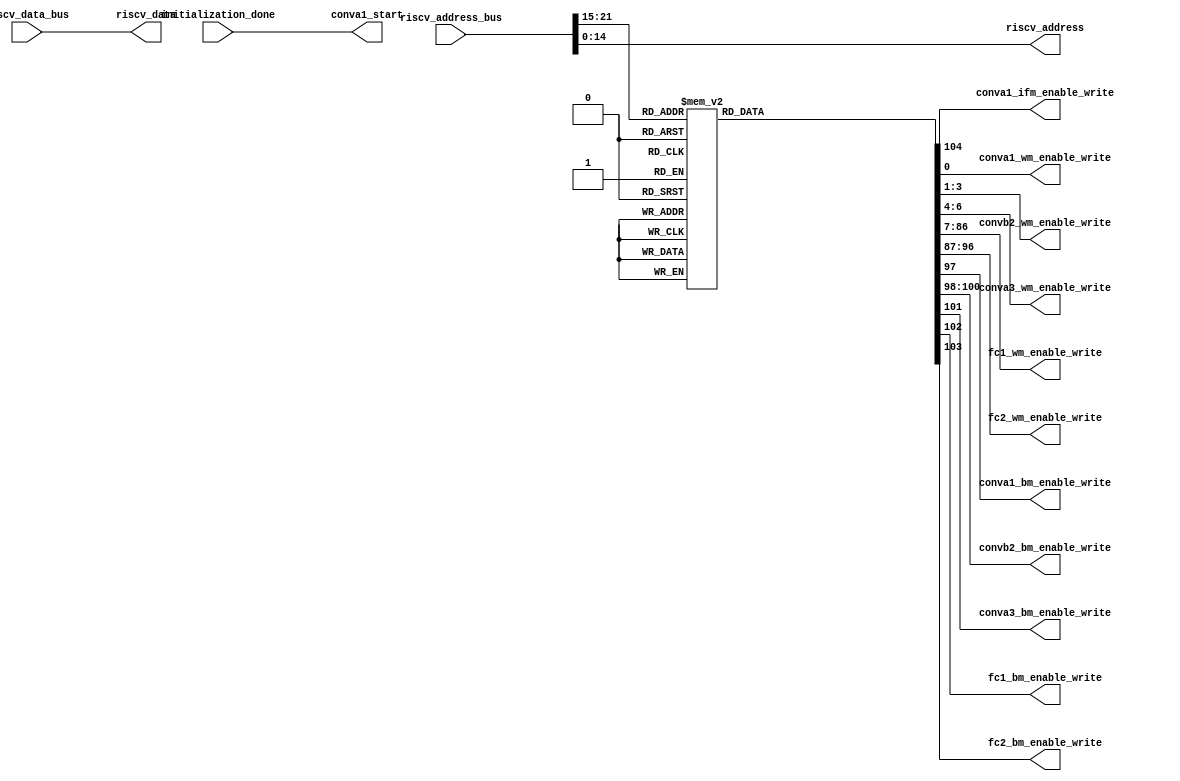
`timescale 1ns / 1ps


module 
 memory_control #(parameter
///////////advanced parameters//////////
	DATA_WIDTH 		       = 32,
///////////architecture parameters//////
	ADDRESS_BUS            = 22,                                                
    ADDRESS_BITS           = 15,
    ENABLE_BITS            = 7)

	(

    input [DATA_WIDTH-1:0] riscv_data_bus,
    input [ADDRESS_BUS-1:0] riscv_address_bus,
    input initialization_done, 
	output conva1_start,

	//1 indicates the input img is grayscale
	output [1-1:0] conva1_ifm_enable_write, 
	
	output [1-1:0] conva1_wm_enable_write,
	output [3-1:0] convb2_wm_enable_write,
	output [3-1:0] conva3_wm_enable_write,
	output [80-1:0] fc1_wm_enable_write,
	output [10-1:0] fc2_wm_enable_write,
	output conva1_bm_enable_write,
	output [3-1:0] convb2_bm_enable_write,
	output conva3_bm_enable_write,
	output fc1_bm_enable_write,
	output fc2_bm_enable_write,
	
	output [DATA_WIDTH-1:0] riscv_data,
    output [ADDRESS_BITS-1:0] riscv_address
	);
	
	reg [105-1:0] enable_write;
    wire [ENABLE_BITS-1:0] address_enable_bits;
	
    assign riscv_data          = riscv_data_bus;
    assign riscv_address       = riscv_address_bus[ADDRESS_BITS-1:0];
    
    assign address_enable_bits = riscv_address_bus[ADDRESS_BUS-1 : ADDRESS_BUS-ENABLE_BITS];
	
	assign    conva1_start = initialization_done;
	
	
	    always @*
		begin
        case(address_enable_bits)
			7'd1  : begin enable_write = 105'b000000000000000000000000000000000000000000000000000000000000000000000000000000000000000000000000000000001;end
			7'd2  : begin enable_write = 105'b000000000000000000000000000000000000000000000000000000000000000000000000000000000000000000000000000000010;end
			7'd3  : begin enable_write = 105'b000000000000000000000000000000000000000000000000000000000000000000000000000000000000000000000000000000100;end
			7'd4  : begin enable_write = 105'b000000000000000000000000000000000000000000000000000000000000000000000000000000000000000000000000000001000;end
			7'd5  : begin enable_write = 105'b000000000000000000000000000000000000000000000000000000000000000000000000000000000000000000000000000010000;end
			7'd6  : begin enable_write = 105'b000000000000000000000000000000000000000000000000000000000000000000000000000000000000000000000000000100000;end
			7'd7  : begin enable_write = 105'b000000000000000000000000000000000000000000000000000000000000000000000000000000000000000000000000001000000;end
			7'd8  : begin enable_write = 105'b000000000000000000000000000000000000000000000000000000000000000000000000000000000000000000000000010000000;end
			7'd9  : begin enable_write = 105'b000000000000000000000000000000000000000000000000000000000000000000000000000000000000000000000000100000000;end
			7'd10  : begin enable_write = 105'b000000000000000000000000000000000000000000000000000000000000000000000000000000000000000000000001000000000;end
			7'd11  : begin enable_write = 105'b000000000000000000000000000000000000000000000000000000000000000000000000000000000000000000000010000000000;end
			7'd12  : begin enable_write = 105'b000000000000000000000000000000000000000000000000000000000000000000000000000000000000000000000100000000000;end
			7'd13  : begin enable_write = 105'b000000000000000000000000000000000000000000000000000000000000000000000000000000000000000000001000000000000;end
			7'd14  : begin enable_write = 105'b000000000000000000000000000000000000000000000000000000000000000000000000000000000000000000010000000000000;end
			7'd15  : begin enable_write = 105'b000000000000000000000000000000000000000000000000000000000000000000000000000000000000000000100000000000000;end
			7'd16  : begin enable_write = 105'b000000000000000000000000000000000000000000000000000000000000000000000000000000000000000001000000000000000;end
			7'd17  : begin enable_write = 105'b000000000000000000000000000000000000000000000000000000000000000000000000000000000000000010000000000000000;end
			7'd18  : begin enable_write = 105'b000000000000000000000000000000000000000000000000000000000000000000000000000000000000000100000000000000000;end
			7'd19  : begin enable_write = 105'b000000000000000000000000000000000000000000000000000000000000000000000000000000000000001000000000000000000;end
			7'd20  : begin enable_write = 105'b000000000000000000000000000000000000000000000000000000000000000000000000000000000000010000000000000000000;end
			7'd21  : begin enable_write = 105'b000000000000000000000000000000000000000000000000000000000000000000000000000000000000100000000000000000000;end
			7'd22  : begin enable_write = 105'b000000000000000000000000000000000000000000000000000000000000000000000000000000000001000000000000000000000;end
			7'd23  : begin enable_write = 105'b000000000000000000000000000000000000000000000000000000000000000000000000000000000010000000000000000000000;end
			7'd24  : begin enable_write = 105'b000000000000000000000000000000000000000000000000000000000000000000000000000000000100000000000000000000000;end
			7'd25  : begin enable_write = 105'b000000000000000000000000000000000000000000000000000000000000000000000000000000001000000000000000000000000;end
			7'd26  : begin enable_write = 105'b000000000000000000000000000000000000000000000000000000000000000000000000000000010000000000000000000000000;end
			7'd27  : begin enable_write = 105'b000000000000000000000000000000000000000000000000000000000000000000000000000000100000000000000000000000000;end
			7'd28  : begin enable_write = 105'b000000000000000000000000000000000000000000000000000000000000000000000000000001000000000000000000000000000;end
			7'd29  : begin enable_write = 105'b000000000000000000000000000000000000000000000000000000000000000000000000000010000000000000000000000000000;end
			7'd30  : begin enable_write = 105'b000000000000000000000000000000000000000000000000000000000000000000000000000100000000000000000000000000000;end
			7'd31  : begin enable_write = 105'b000000000000000000000000000000000000000000000000000000000000000000000000001000000000000000000000000000000;end
			7'd32  : begin enable_write = 105'b000000000000000000000000000000000000000000000000000000000000000000000000010000000000000000000000000000000;end
			7'd33  : begin enable_write = 105'b000000000000000000000000000000000000000000000000000000000000000000000000100000000000000000000000000000000;end
			7'd34  : begin enable_write = 105'b000000000000000000000000000000000000000000000000000000000000000000000001000000000000000000000000000000000;end
			7'd35  : begin enable_write = 105'b000000000000000000000000000000000000000000000000000000000000000000000010000000000000000000000000000000000;end
			7'd36  : begin enable_write = 105'b000000000000000000000000000000000000000000000000000000000000000000000100000000000000000000000000000000000;end
			7'd37  : begin enable_write = 105'b000000000000000000000000000000000000000000000000000000000000000000001000000000000000000000000000000000000;end
			7'd38  : begin enable_write = 105'b000000000000000000000000000000000000000000000000000000000000000000010000000000000000000000000000000000000;end
			7'd39  : begin enable_write = 105'b000000000000000000000000000000000000000000000000000000000000000000100000000000000000000000000000000000000;end
			7'd40  : begin enable_write = 105'b000000000000000000000000000000000000000000000000000000000000000001000000000000000000000000000000000000000;end
			7'd41  : begin enable_write = 105'b000000000000000000000000000000000000000000000000000000000000000010000000000000000000000000000000000000000;end
			7'd42  : begin enable_write = 105'b000000000000000000000000000000000000000000000000000000000000000100000000000000000000000000000000000000000;end
			7'd43  : begin enable_write = 105'b000000000000000000000000000000000000000000000000000000000000001000000000000000000000000000000000000000000;end
			7'd44  : begin enable_write = 105'b000000000000000000000000000000000000000000000000000000000000010000000000000000000000000000000000000000000;end
			7'd45  : begin enable_write = 105'b000000000000000000000000000000000000000000000000000000000000100000000000000000000000000000000000000000000;end
			7'd46  : begin enable_write = 105'b000000000000000000000000000000000000000000000000000000000001000000000000000000000000000000000000000000000;end
			7'd47  : begin enable_write = 105'b000000000000000000000000000000000000000000000000000000000010000000000000000000000000000000000000000000000;end
			7'd48  : begin enable_write = 105'b000000000000000000000000000000000000000000000000000000000100000000000000000000000000000000000000000000000;end
			7'd49  : begin enable_write = 105'b000000000000000000000000000000000000000000000000000000001000000000000000000000000000000000000000000000000;end
			7'd50  : begin enable_write = 105'b000000000000000000000000000000000000000000000000000000010000000000000000000000000000000000000000000000000;end
			7'd51  : begin enable_write = 105'b000000000000000000000000000000000000000000000000000000100000000000000000000000000000000000000000000000000;end
			7'd52  : begin enable_write = 105'b000000000000000000000000000000000000000000000000000001000000000000000000000000000000000000000000000000000;end
			7'd53  : begin enable_write = 105'b000000000000000000000000000000000000000000000000000010000000000000000000000000000000000000000000000000000;end
			7'd54  : begin enable_write = 105'b000000000000000000000000000000000000000000000000000100000000000000000000000000000000000000000000000000000;end
			7'd55  : begin enable_write = 105'b000000000000000000000000000000000000000000000000001000000000000000000000000000000000000000000000000000000;end
			7'd56  : begin enable_write = 105'b000000000000000000000000000000000000000000000000010000000000000000000000000000000000000000000000000000000;end
			7'd57  : begin enable_write = 105'b000000000000000000000000000000000000000000000000100000000000000000000000000000000000000000000000000000000;end
			7'd58  : begin enable_write = 105'b000000000000000000000000000000000000000000000001000000000000000000000000000000000000000000000000000000000;end
			7'd59  : begin enable_write = 105'b000000000000000000000000000000000000000000000010000000000000000000000000000000000000000000000000000000000;end
			7'd60  : begin enable_write = 105'b000000000000000000000000000000000000000000000100000000000000000000000000000000000000000000000000000000000;end
			7'd61  : begin enable_write = 105'b000000000000000000000000000000000000000000001000000000000000000000000000000000000000000000000000000000000;end
			7'd62  : begin enable_write = 105'b000000000000000000000000000000000000000000010000000000000000000000000000000000000000000000000000000000000;end
			7'd63  : begin enable_write = 105'b000000000000000000000000000000000000000000100000000000000000000000000000000000000000000000000000000000000;end
			7'd64  : begin enable_write = 105'b000000000000000000000000000000000000000001000000000000000000000000000000000000000000000000000000000000000;end
			7'd65  : begin enable_write = 105'b000000000000000000000000000000000000000010000000000000000000000000000000000000000000000000000000000000000;end
			7'd66  : begin enable_write = 105'b000000000000000000000000000000000000000100000000000000000000000000000000000000000000000000000000000000000;end
			7'd67  : begin enable_write = 105'b000000000000000000000000000000000000001000000000000000000000000000000000000000000000000000000000000000000;end
			7'd68  : begin enable_write = 105'b000000000000000000000000000000000000010000000000000000000000000000000000000000000000000000000000000000000;end
			7'd69  : begin enable_write = 105'b000000000000000000000000000000000000100000000000000000000000000000000000000000000000000000000000000000000;end
			7'd70  : begin enable_write = 105'b000000000000000000000000000000000001000000000000000000000000000000000000000000000000000000000000000000000;end
			7'd71  : begin enable_write = 105'b000000000000000000000000000000000010000000000000000000000000000000000000000000000000000000000000000000000;end
			7'd72  : begin enable_write = 105'b000000000000000000000000000000000100000000000000000000000000000000000000000000000000000000000000000000000;end
			7'd73  : begin enable_write = 105'b000000000000000000000000000000001000000000000000000000000000000000000000000000000000000000000000000000000;end
			7'd74  : begin enable_write = 105'b000000000000000000000000000000010000000000000000000000000000000000000000000000000000000000000000000000000;end
			7'd75  : begin enable_write = 105'b000000000000000000000000000000100000000000000000000000000000000000000000000000000000000000000000000000000;end
			7'd76  : begin enable_write = 105'b000000000000000000000000000001000000000000000000000000000000000000000000000000000000000000000000000000000;end
			7'd77  : begin enable_write = 105'b000000000000000000000000000010000000000000000000000000000000000000000000000000000000000000000000000000000;end
			7'd78  : begin enable_write = 105'b000000000000000000000000000100000000000000000000000000000000000000000000000000000000000000000000000000000;end
			7'd79  : begin enable_write = 105'b000000000000000000000000001000000000000000000000000000000000000000000000000000000000000000000000000000000;end
			7'd80  : begin enable_write = 105'b000000000000000000000000010000000000000000000000000000000000000000000000000000000000000000000000000000000;end
			7'd81  : begin enable_write = 105'b000000000000000000000000100000000000000000000000000000000000000000000000000000000000000000000000000000000;end
			7'd82  : begin enable_write = 105'b000000000000000000000001000000000000000000000000000000000000000000000000000000000000000000000000000000000;end
			7'd83  : begin enable_write = 105'b000000000000000000000010000000000000000000000000000000000000000000000000000000000000000000000000000000000;end
			7'd84  : begin enable_write = 105'b000000000000000000000100000000000000000000000000000000000000000000000000000000000000000000000000000000000;end
			7'd85  : begin enable_write = 105'b000000000000000000001000000000000000000000000000000000000000000000000000000000000000000000000000000000000;end
			7'd86  : begin enable_write = 105'b000000000000000000010000000000000000000000000000000000000000000000000000000000000000000000000000000000000;end
			7'd87  : begin enable_write = 105'b000000000000000000100000000000000000000000000000000000000000000000000000000000000000000000000000000000000;end
			7'd88  : begin enable_write = 105'b000000000000000001000000000000000000000000000000000000000000000000000000000000000000000000000000000000000;end
			7'd89  : begin enable_write = 105'b000000000000000010000000000000000000000000000000000000000000000000000000000000000000000000000000000000000;end
			7'd90  : begin enable_write = 105'b000000000000000100000000000000000000000000000000000000000000000000000000000000000000000000000000000000000;end
			7'd91  : begin enable_write = 105'b000000000000001000000000000000000000000000000000000000000000000000000000000000000000000000000000000000000;end
			7'd92  : begin enable_write = 105'b000000000000010000000000000000000000000000000000000000000000000000000000000000000000000000000000000000000;end
			7'd93  : begin enable_write = 105'b000000000000100000000000000000000000000000000000000000000000000000000000000000000000000000000000000000000;end
			7'd94  : begin enable_write = 105'b000000000001000000000000000000000000000000000000000000000000000000000000000000000000000000000000000000000;end
			7'd95  : begin enable_write = 105'b000000000010000000000000000000000000000000000000000000000000000000000000000000000000000000000000000000000;end
			7'd96  : begin enable_write = 105'b000000000100000000000000000000000000000000000000000000000000000000000000000000000000000000000000000000000;end
			7'd97  : begin enable_write = 105'b000000001000000000000000000000000000000000000000000000000000000000000000000000000000000000000000000000000;end
			7'd98  : begin enable_write = 105'b000000010000000000000000000000000000000000000000000000000000000000000000000000000000000000000000000000000;end
			7'd99  : begin enable_write = 105'b000000100000000000000000000000000000000000000000000000000000000000000000000000000000000000000000000000000;end
			7'd100  : begin enable_write = 105'b000001000000000000000000000000000000000000000000000000000000000000000000000000000000000000000000000000000;end
			7'd101  : begin enable_write = 105'b000010000000000000000000000000000000000000000000000000000000000000000000000000000000000000000000000000000;end
			7'd102  : begin enable_write = 105'b000100000000000000000000000000000000000000000000000000000000000000000000000000000000000000000000000000000;end
			7'd103  : begin enable_write = 105'b001000000000000000000000000000000000000000000000000000000000000000000000000000000000000000000000000000000;end
			7'd104  : begin enable_write = 105'b010000000000000000000000000000000000000000000000000000000000000000000000000000000000000000000000000000000;end
			7'd105  : begin enable_write = 105'b100000000000000000000000000000000000000000000000000000000000000000000000000000000000000000000000000000000;end

			default : begin enable_write = 105'b000000000000000000000000000000000000000000000000000000000000000000000000000000000000000000000000000000000;end

		endcase
	end



assign conva1_ifm_enable_write = enable_write[104:104];

	assign conva1_wm_enable_write = enable_write[0:0];
	assign convb2_wm_enable_write = enable_write[3:1];
	assign conva3_wm_enable_write = enable_write[6:4];
	assign fc1_wm_enable_write = enable_write[86:7];
	assign fc2_wm_enable_write = enable_write[96:87];

	assign conva1_bm_enable_write = enable_write[97];
	assign convb2_bm_enable_write = enable_write[100:98];
	assign conva3_bm_enable_write = enable_write[101];
	assign fc1_bm_enable_write = enable_write[102];
	assign fc2_bm_enable_write = enable_write[103];
endmodule